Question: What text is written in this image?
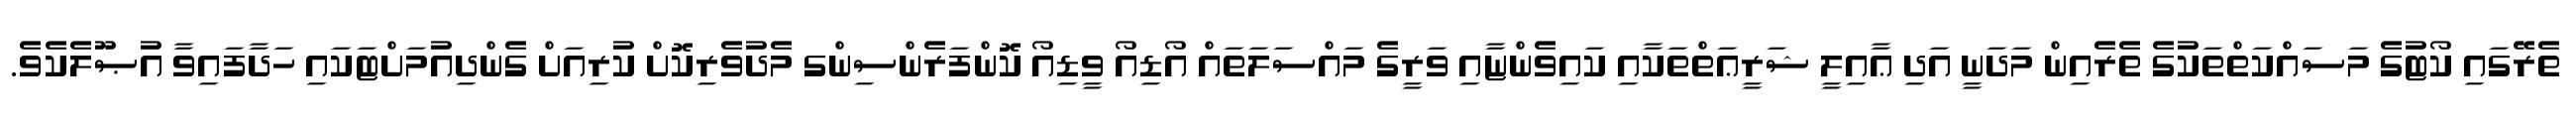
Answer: ތެރޭގައި ކޯޓުގެ މަސައްކަތްތަކުގެ ތެރެއިން މަދަނީ އަދި ޢާއިލީ ޝަރީޢަތްތަކާއި ކައިވެންޏާއި ވަރީގެ މައްސަލަތައް އޯޑިއޯ ވީޑިއޯ ކޮންފަރެންސިންގ މެދުވެރިކޮށް ކުރިއަށް ގެންދިއުމަށްޓަކައި ހަދާފައިވާ އުޞޫލެކެވެ.